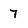
Character: 7